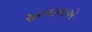
સરવાળાએ